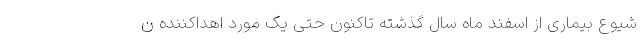
شیوع بیماری از اسفند ماه سال گذشته تاکنون حتی یک مورد اهداکننده ن